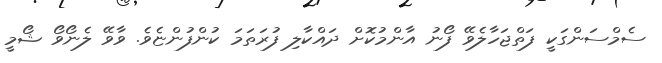
ސެމްސަންގަކީ ފަތްޖަހާލެވޭ ފޯނު އާންމުކޮށް ދައްކާލި ފުރަތަމަ ކުންފުންޏެވެ. ވާވޭ ލެނޯވޯ ޝޯމީ